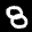
Label: 8